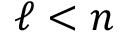
\ell < n